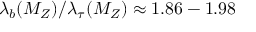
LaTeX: \lambda _ { b } ( M _ { Z } ) / \lambda _ { \tau } ( M _ { Z } ) \approx 1 . 8 6 - 1 . 9 8